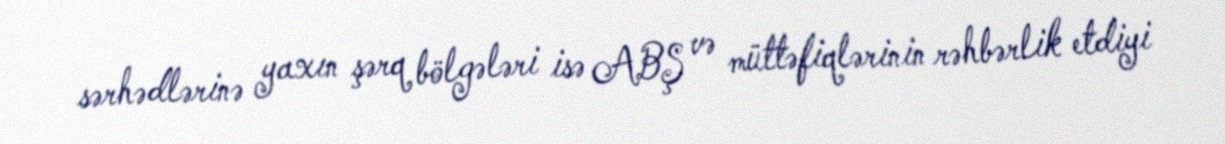
sərhədlərinə yaxın şərq bölgələri isə ABŞ və müttəfiqlərinin rəhbərlik etdiyi